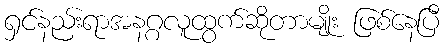
ရှင်နည်းရာအနဂ္ဂလူထွက်ဆိုတာမျိုး ဖြစ်နေပြီ